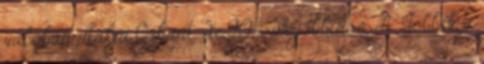
valóban utálja Orbánt, de 90%-uk jobbikos. A Jobbik a